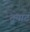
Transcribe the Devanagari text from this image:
टूयाट